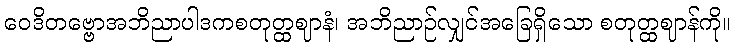
ဝေဒိတဗ္ဗောအဘိညာပါဒကစတုတ္ထဈာနံ၊ အဘိညာဉ်လျှင်အခြေရှိသော စတုတ္ထဈာန်ကို။